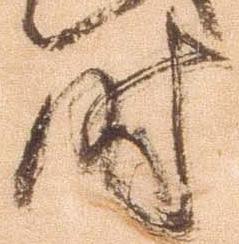
時